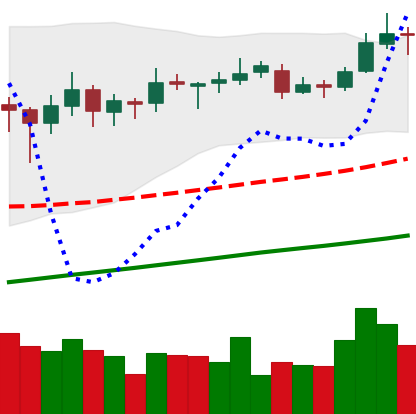
Ticker: ETC-USD
Chart end date: 2019-06-24
Forward return: -10.668%
Label: down_7plus